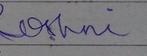
Signature authenticity: forged